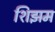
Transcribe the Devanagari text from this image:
शिझम